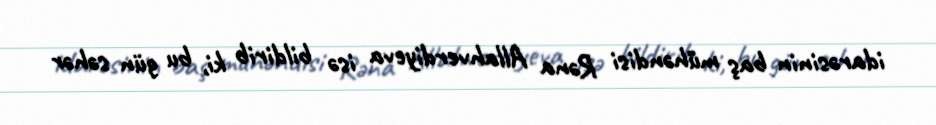
idarəsinin baş mühəndisi Rəna Allahverdiyeva isə bildirib ki, bu gün səhər